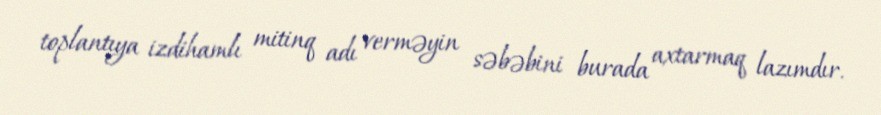
toplantıya izdihamlı mitinq adı verməyin səbəbini burada axtarmaq lazımdır.